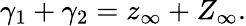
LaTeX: \gamma_{1}+\gamma_{2}=z_{\infty}+Z_{\infty}.